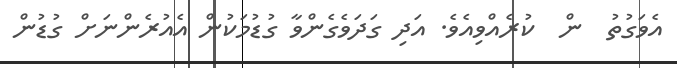
އެވަގުތު  ން  ކުރެއްވިއެވެ. އަދި ގަދަވެގެންވާ ގުޑުމަކުން އެއުރެންނަށް ގުޑުން